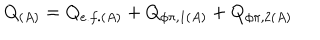
Q _ { ( A ) } = Q _ { e . f . ( A ) } + Q _ { \phi \pi , 1 ( A ) } + Q _ { \phi \pi , 2 ( A ) }